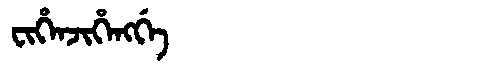
Manchu: ᠸᡳᡥᡝᠨᠵᡳᡥᡝᠩᡤᡝ
Romanization: FIHENJIHENGGE